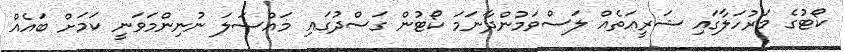
ކޯޓުގެ މަރުހަލާގައި ޝަރީއަތެއް ލަސްވަމުންދާނަމަ ކޯޓުން ގަސްދުގައި މައްސަލަ ނުނިންމަވަނީ ކަމަށް ބައެއް